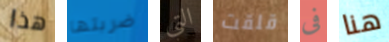
هذا ضربتها التي قلقت فى هنا